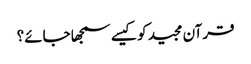
قرآن مجید کو کیسے سمجھا جائے؟